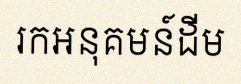
រកអនុគមន៍ដើម